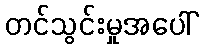
တင်သွင်းမှုအပေါ်